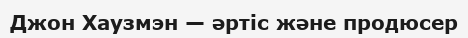
Джон Хаузмэн — әртіс және продюсер